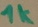
Text: 1K